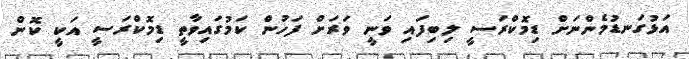
އަޅުގަނޑުމެންނަށް ޑިމޮކްރަސީ ލިބިފައި ވަނީ ވަރަށް ފަހުން ކަމުގައިވާތީ ޑިމޮކްރަސީ އަކީ ކޮން